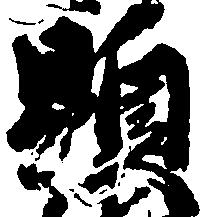
顕